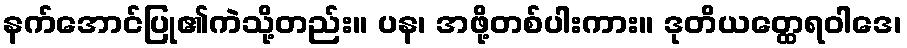
နက်အောင်ပြု၏ကဲသို့တည်း။ ပန၊ အဖို့တစ်ပါးကား။ ဒုတိယတ္ထေရဝါဒေ၊